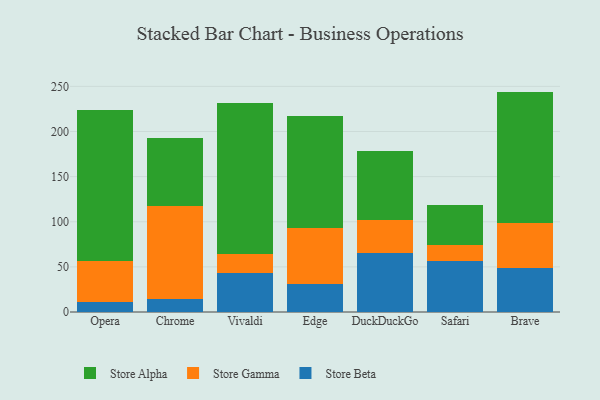
{"axis": {"x": "Browser", "y": "Latency (ms)"}, "legend": ["Store Alpha", "Store Beta", "Store Gamma"], "data": [{"x": "Opera", "y": 10.6, "type": "Store Beta"}, {"x": "Opera", "y": 45.6, "type": "Store Gamma"}, {"x": "Opera", "y": 167.6, "type": "Store Alpha"}, {"x": "Chrome", "y": 13.9, "type": "Store Beta"}, {"x": "Chrome", "y": 103.0, "type": "Store Gamma"}, {"x": "Chrome", "y": 75.7, "type": "Store Alpha"}, {"x": "Vivaldi", "y": 42.7, "type": "Store Beta"}, {"x": "Vivaldi", "y": 21.4, "type": "Store Gamma"}, {"x": "Vivaldi", "y": 167.4, "type": "Store Alpha"}, {"x": "Edge", "y": 30.5, "type": "Store Beta"}, {"x": "Edge", "y": 62.2, "type": "Store Gamma"}, {"x": "Edge", "y": 124.3, "type": "Store Alpha"}, {"x": "DuckDuckGo", "y": 65.8, "type": "Store Beta"}, {"x": "DuckDuckGo", "y": 35.8, "type": "Store Gamma"}, {"x": "DuckDuckGo", "y": 76.7, "type": "Store Alpha"}, {"x": "Safari", "y": 56.5, "type": "Store Beta"}, {"x": "Safari", "y": 17.2, "type": "Store Gamma"}, {"x": "Safari", "y": 44.6, "type": "Store Alpha"}, {"x": "Brave", "y": 48.6, "type": "Store Beta"}, {"x": "Brave", "y": 49.7, "type": "Store Gamma"}, {"x": "Brave", "y": 145.9, "type": "Store Alpha"}]}